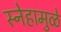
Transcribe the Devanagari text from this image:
स्नेहामुळे